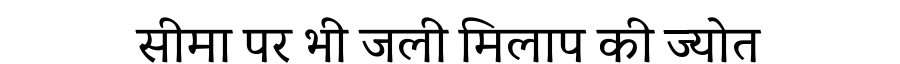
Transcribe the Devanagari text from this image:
सीमा पर भी जली मिलाप की ज्योत